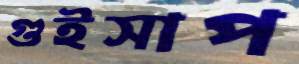
গুইসাপ